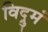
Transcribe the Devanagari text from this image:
विद्रुमं